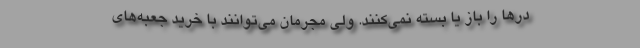
درها را باز یا بسته نمی‌کنند. ولی مجرمان می‌توانند با خرید جعبه‌های